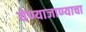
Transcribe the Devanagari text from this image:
येण्याजाण्याचा